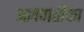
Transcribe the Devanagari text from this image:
आक्वातीका